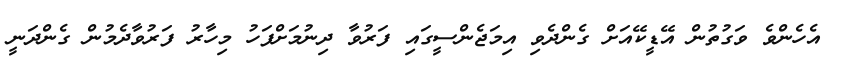
އެހެންވެ ވަގުތުން އޭޑީކޭއަށް ގެންދެވި އިމަޖެންސީގައި ފަރުވާ ދިނުމަށްފަހު މިހާރު ފަރުވާދެމުން ގެންދަނީ